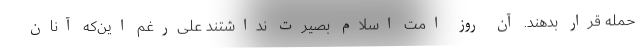
حمله قرار بدهند. آن روز امت اسلام بصیرت نداشتند علی‌رغم این‌که آنان